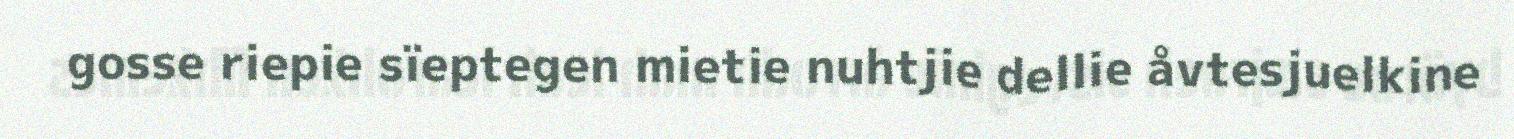
gosse riepie sïeptegen mietie nuhtjie dellie åvtesjuelkine